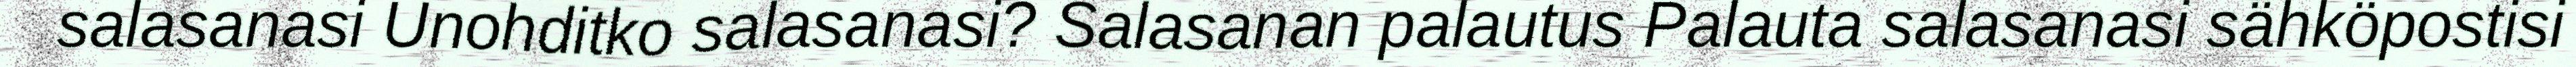
salasanasi Unohditko salasanasi? Salasanan palautus Palauta salasanasi sähköpostisi